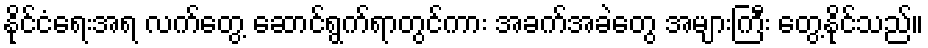
နိုင်ငံရေးအရ လက်တွေ့ ဆောင်ရွက်ရာတွင်ကား အခက်အခဲတွေ အများကြီး တွေ့နိုင်သည်။